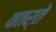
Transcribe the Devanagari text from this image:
वतर्ते